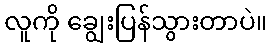
လူကို ချွေးပြန်သွားတာပဲ။